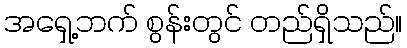
အရှေ့ဘက် စွန်းတွင် တည်ရှိသည်။